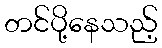
တင်ပို့နေသည့်